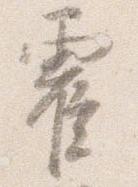
霍